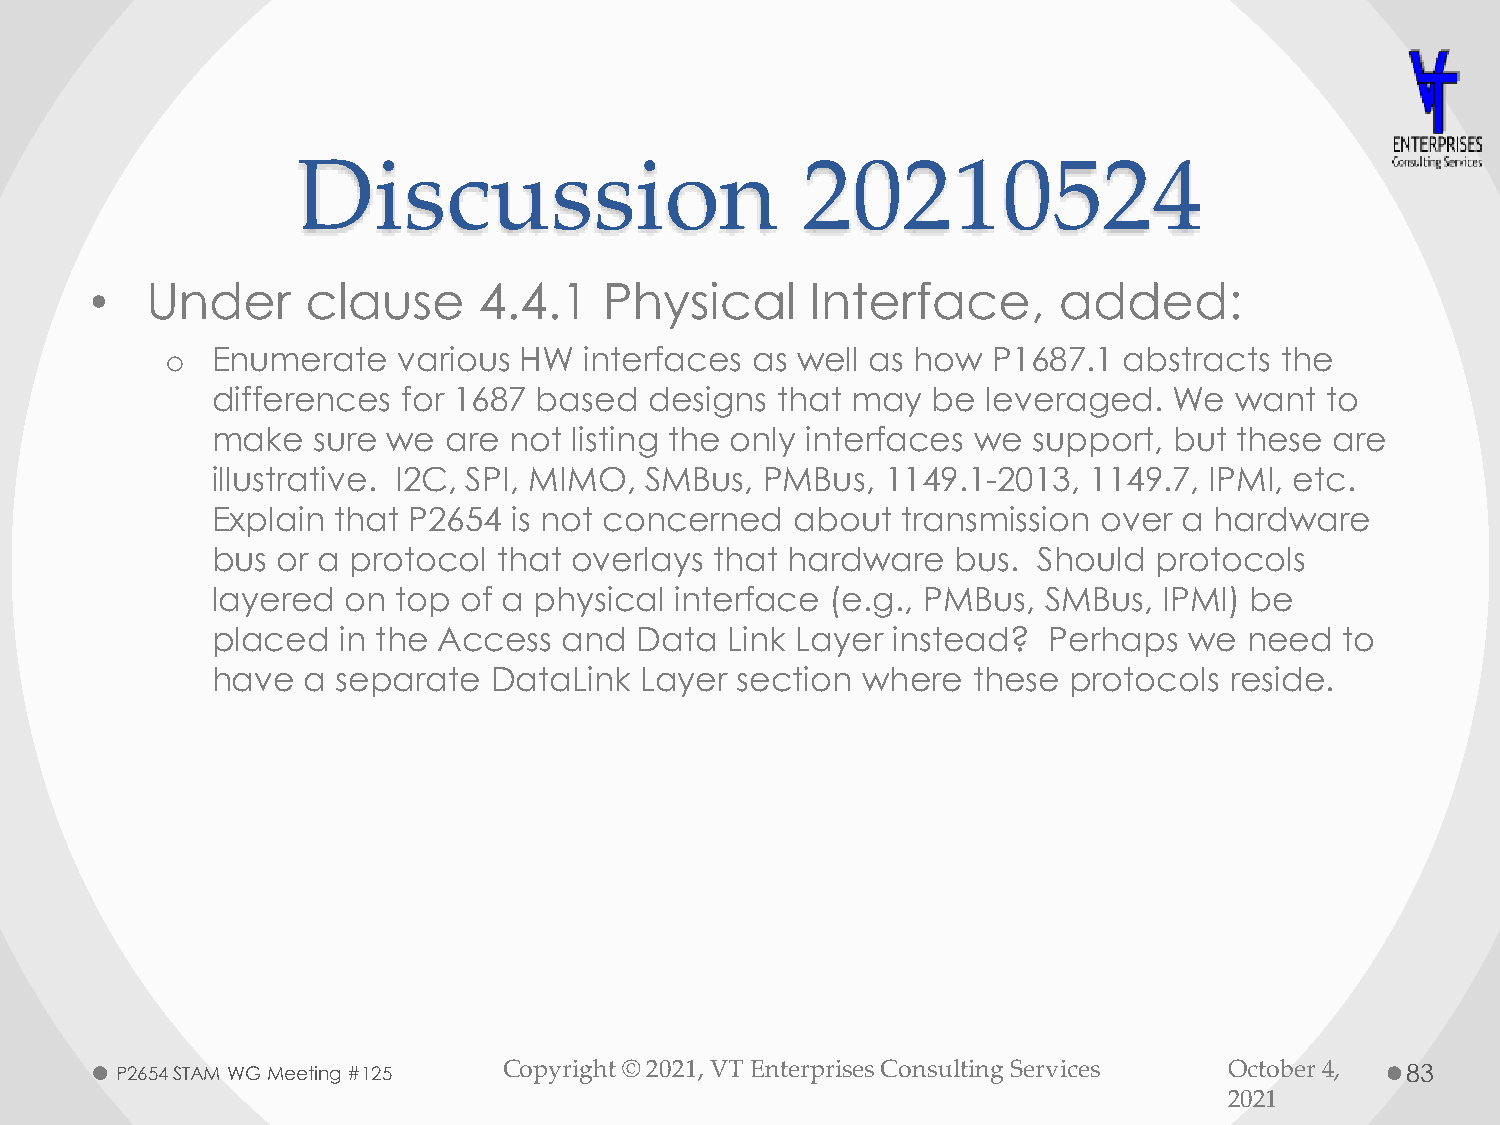
Discussion                       20210524
 •   Under     clause      4.4.1   Physical      Interface,      added:
 o  Enumerate   various HW   interfaces as well as how  P1687.1 abstracts  the
 differences  for 1687 based  designs that may   be leveraged.   We  want  to
 make   sure we  are not listing the only interfaces we support, but these are
 illustrative. I2C, SPI, MIMO, SMBus, PMBus,  1149.1-2013, 1149.7, IPMI, etc.
 Explain that P2654  is not concerned   about  transmission over a hardware
 bus or a protocol  that overlays that hardware   bus.  Should  protocols
 layered  on top  of a physical interface (e.g., PMBus, SMBus,  IPMI) be
 placed  in the Access  and  Data  Link Layer instead?  Perhaps   we  need  to
 have  a separate  DataLink  Layer  section where  these  protocols reside.
 P2654 STAM WG Meeting #125 Copyright © 2021, VT Enterprises Consulting Services October 4, 83
 2021